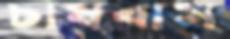
চাষবাস